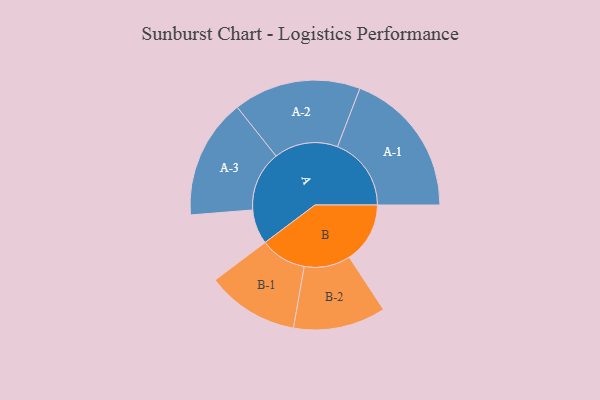
{"axis": {"x": "Segment", "y": "Value"}, "legend": ["", "A", "B"], "data": [{"x": "A", "y": 138, "type": ""}, {"x": "B", "y": 242, "type": ""}, {"x": "A-1", "y": 294, "type": "A"}, {"x": "A-2", "y": 254, "type": "A"}, {"x": "A-3", "y": 239, "type": "A"}, {"x": "B-1", "y": 184, "type": "B"}, {"x": "B-2", "y": 184, "type": "B"}]}